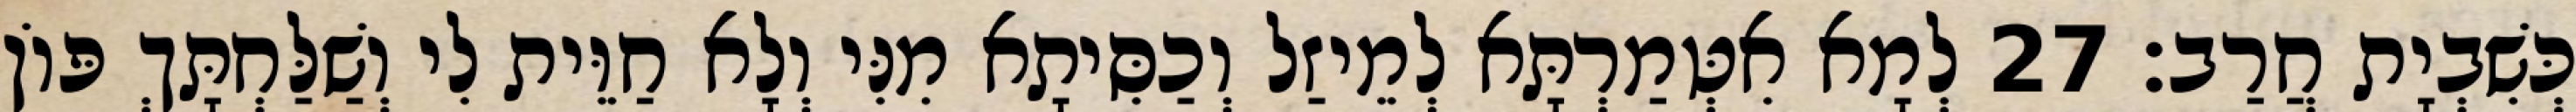
כְּשִׁבְיָת חֲרַב׃ 27 לְמָא אִטְּמַרְתָּא לְמֵיזַל וְכַסִּיתָא מִנִּי וְלָא חַוֵּית לִי וְשַׁלַּחְתָּךְ פּוֹן